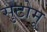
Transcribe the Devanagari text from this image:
सुटोमू